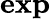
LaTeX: \mathbf{exp}